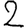
Digit: 2